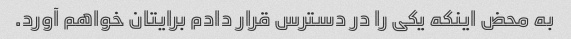
به محض اینکه یکی را در دسترس قرار دادم برایتان خواهم آورد.